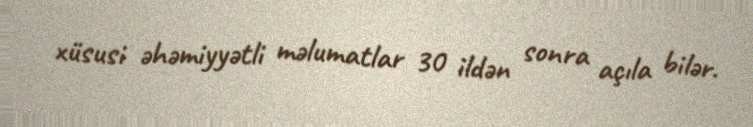
xüsusi əhəmiyyətli məlumatlar 30 ildən sonra açıla bilər.